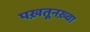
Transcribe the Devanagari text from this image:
पख़तूनख़्वा